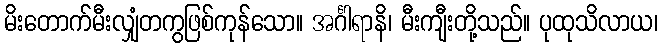
မိးတောက်မီးလျှံတကွဖြစ်ကုန်သော။ အင်္ဂါရာနိ၊ မီးကျီးတို့သည်။ ပုထုသိလာယ၊